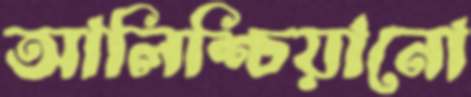
আলিশ্চিয়ানো